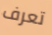
تعرف